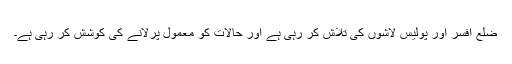
ضلع افسر اور پولیس لاشوں کی تلاش کر رہی ہے اور حالات کو معمول پرلانے کی کوشش کر رہی ہے۔